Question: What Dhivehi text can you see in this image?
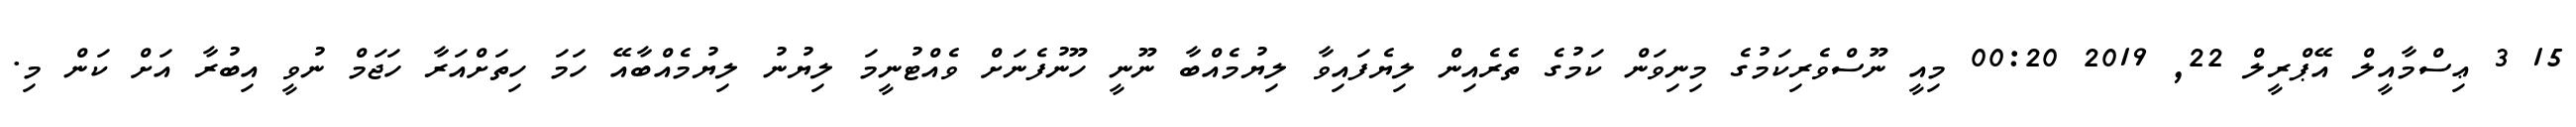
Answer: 15 3 ޢިސްމާއީލް އޭޕްރީލް 22, 2019 00:20 މިއީ ނޫސްވެރިކަމުގެ މިނިވަން ކަމުގެ ތެރެއިން ލިޔެފައިވާ ލިޔުމެއްބާ ނޫނީ ހޫނުފެނަށް ވެއްޓުނީމަ ލިޔުނު ލިޔުމެއްބާއޭ ހަމަ ހިތަށްއަރާ ހަޖަމް ނުވީ އިބުރާ އަށް ކަން މި.